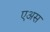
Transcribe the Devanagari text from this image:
एअस